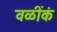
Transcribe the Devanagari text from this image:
वळींकं